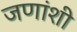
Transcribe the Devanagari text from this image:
जणांशी